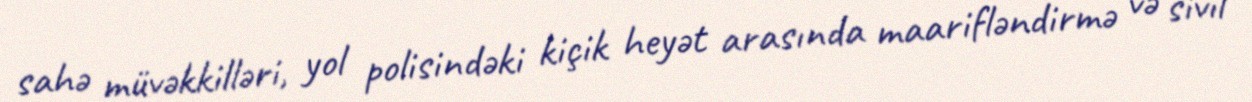
sahə müvəkkilləri, yol polisindəki kiçik heyət arasında maarifləndirmə və sivil